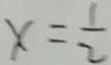
x = \frac { 1 } { 2 }